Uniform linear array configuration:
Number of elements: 64
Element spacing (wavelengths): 0.5
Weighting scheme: binomial
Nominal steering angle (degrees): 60
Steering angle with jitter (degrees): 58.802
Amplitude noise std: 0.05
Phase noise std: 0.05

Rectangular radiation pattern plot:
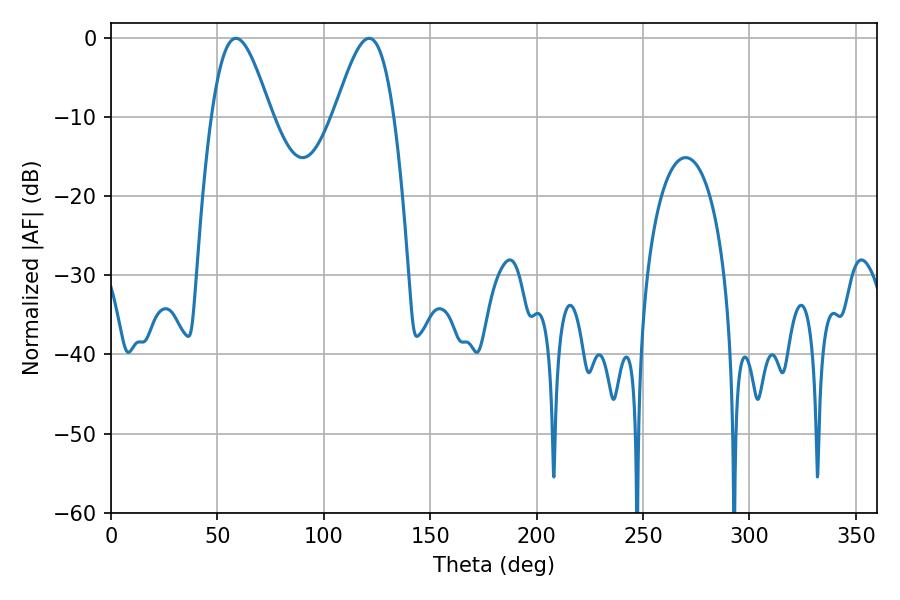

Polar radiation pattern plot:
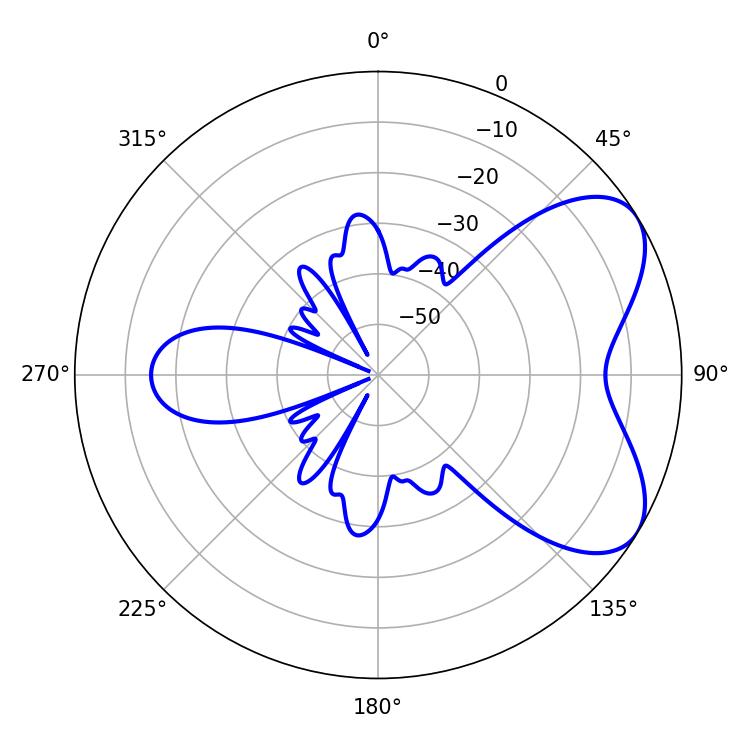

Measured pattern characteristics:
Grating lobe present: FALSE
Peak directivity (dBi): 6.028
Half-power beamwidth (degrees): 14.94
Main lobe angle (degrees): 58.68